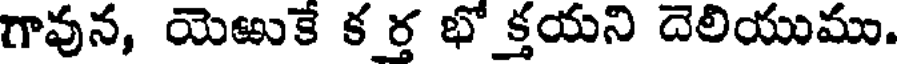
గావున, యెఱుకే క ర్త భో క్తయని దెలియుము.